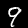
Digit: 9